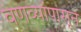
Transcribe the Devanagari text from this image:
वणव्यांपासून